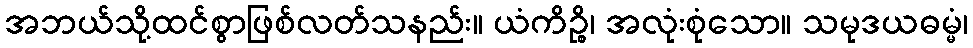
အဘယ်သို့ထင်စွာဖြစ်လတ်သနည်း။ ယံကိဉ္စိ၊ အလုံးစုံသော။ သမုဒယဓမ္မံ၊